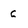
Character: C